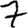
Digit: 7